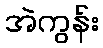
အဲကွန်း